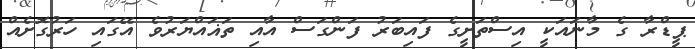
ޕީޑްރާ ގެ މާނައަކީ އިސްތަށީގެ ފައިބަރު ފަންގަސް އާއި ތަޣައްޔަރުވެ އޭގައި ހަރުގޮށެއް